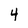
Character: 4